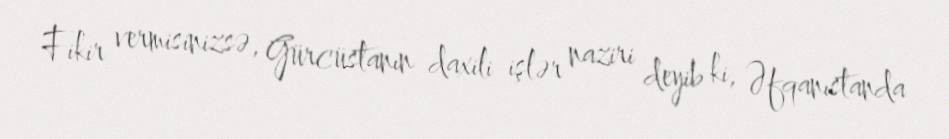
Fikir vermisinizsə, Gürcüstanın daxili işlər naziri deyib ki, Əfqanıstanda